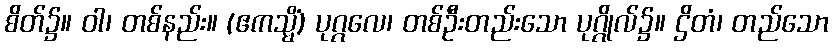
စိတ်၌။ ဝါ၊ တစ်နည်း။ (ဧကသ္မိံ) ပုဂ္ဂလေ၊ တစ်ဦးတည်းသော ပုဂ္ဂိုလ်၌။ ဌိတံ၊ တည်သော